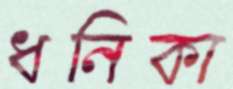
ধনিকা